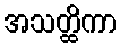
အသတ္ထိကာ